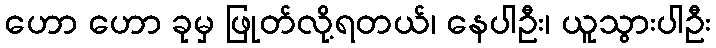
ဟော ဟော ခုမှ ဖြုတ်လို့ရတယ်၊ နေပါဦး၊ ယူသွားပါဦး